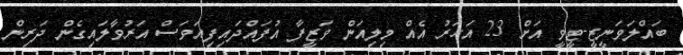
ބައްލަވަނީޒީ-ޓީވީ އަށް 23 އަހަރު އެއް މިލިއަން ވަޒީފާ އުފައްދައިފިއަވަސް އަރުވާލައިގެން ދަރިން